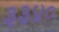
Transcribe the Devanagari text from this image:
३३४०